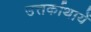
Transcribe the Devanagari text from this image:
उत्तर्काथायें